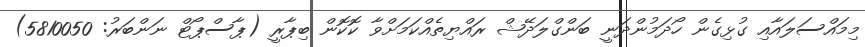
މިމައްސަލައާއި ގުޅިގެން ހޯދަމުންދަނީ ބަންގްލަދޭޝް ރައްޔިތެއްކަމަށްވާ ކޮކޮން ބިޕާރީ (ޕާސްޕޯޓް ނަންބަރު: 5810050)